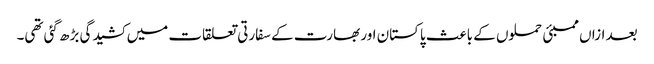
بعد ازاں ممبئی حملوں کے باعث پاکستان اور بھارت کے سفارتی تعلقات میں کشیدگی بڑھ گئی تھی۔